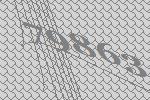
79863